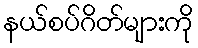
နယ်စပ်ဂိတ်များကို